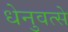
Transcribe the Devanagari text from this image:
धेनुवत्से